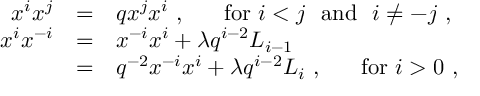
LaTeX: \begin{array} { r c l } { { x ^ { i } x ^ { j } } } & { { = } } & { { q x ^ { j } x ^ { i } ~ , ~ ~ ~ ~ ~ \mathrm { f o r } ~ i < j ~ ~ \mathrm { a n d } ~ ~ i \not = - j ~ , } } \\ { { x ^ { i } x ^ { - i } } } & { { = } } & { { x ^ { - i } x ^ { i } + \lambda q ^ { i - 2 } L _ { i - 1 } } } \\ { { } } & { { = } } & { { q ^ { - 2 } x ^ { - i } x ^ { i } + \lambda q ^ { i - 2 } L _ { i } ~ , ~ ~ ~ ~ ~ \mathrm { f o r } ~ i > 0 ~ , } } \end{array}